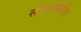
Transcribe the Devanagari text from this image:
संर्पकाकरीता